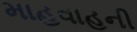
માહવાહની